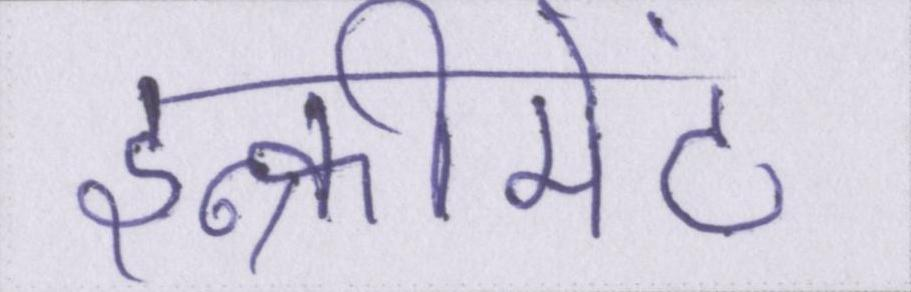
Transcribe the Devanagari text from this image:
इन्क्रीमेंट